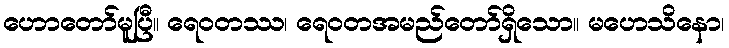
ဟောတော်မူပြီ။ ရေဝတဿ၊ ရေဝတအမည်တော်ရှိသော။ မဟေသိနော၊